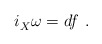
\begin{align*} i_X^{} \omega = df~.\end{align*}